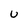
Character: U